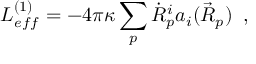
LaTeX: L _ { e f f } ^ { ( 1 ) } = - 4 \pi \kappa \sum _ { p } \dot { R } _ { p } ^ { i } a _ { i } ( \vec { R } _ { p } ) \; \; ,